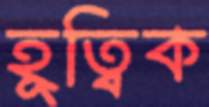
হূত্বিক